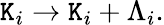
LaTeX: \mathtt{K}_{i}\rightarrow\mathtt{K}_{i}+\Lambda_{i}.